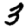
Digit: 3